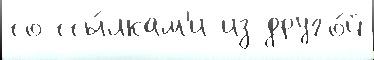
со ссы́лкам'и из друго́й